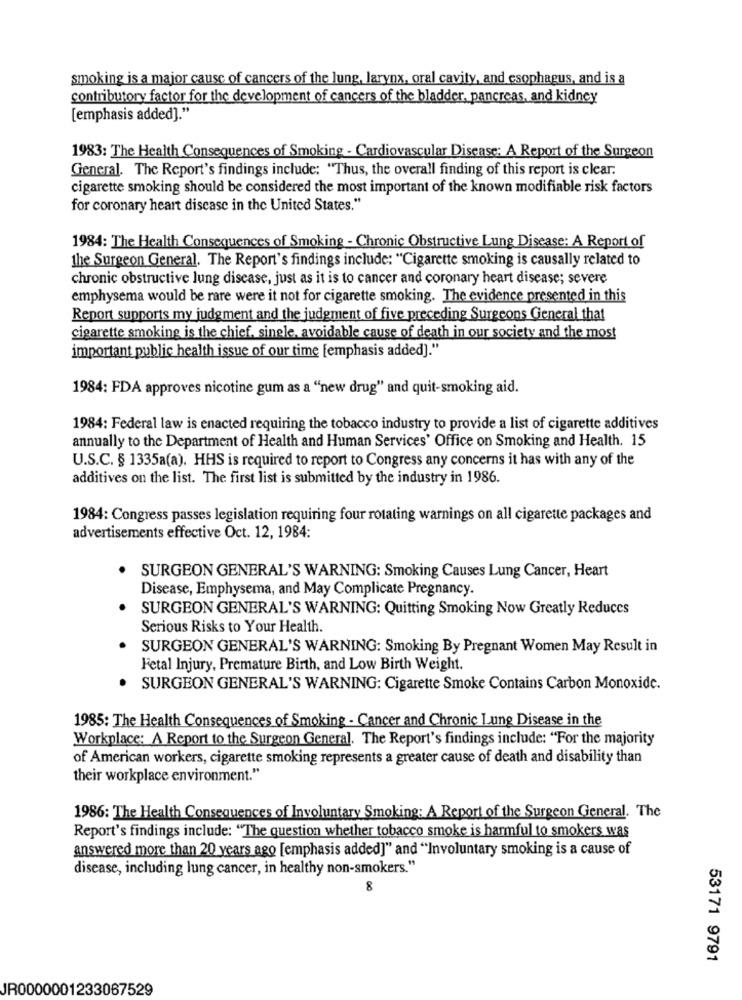
smoking is a major cause of cancers of the lung, larynx, oral cavity, and esophagus, and is a
contributory factor for the development of cancers of the bladder, pancreas, and kidney
[emphasis added]."
1983: The Health Consequences of Smoking - Cardiovascular Disease: A Report of the Surgeon
General. The Report's findings include: "Thus, the overall finding of this report is clear.
cigarette smoking should be considered the most important of the known modifiable risk factors
for coronary heart disease in the United States."
1984: The Health Consequences of Smoking - Chronic Obstructive Lung Disease: A Report of
the Surgeon General. The Report's findings include: "Cigarette smoking is causally related to
chronic obstructive lung disease, just as it is to cancer and coronary heart disease; severe
emphysema would be rare were it not for cigarette smoking. The evidence presented in this
Report supports my judgment and the judgment of five preceding Surgeons General that
cigarette smoking is the chief, single, avoidable cause of death in our society and the most
important public health issue of our time [emphasis added]."
1984: FDA approves nicotine gum as a "new drug" and quit-smoking aid.
1984: Federal law is enacted requiring the tobacco industry to provide a list of cigarette additives
annually to the Department of Health and Human Services' Office on Smoking and Health. 15
U.S.C. § 1335a(a). HHS is required to report to Congress any concerns it has with any of the
additives on the list. The first list is submitted by the industry in 1986.
1984: Congress passes legislation requiring four rotating warnings on all cigarette packages and
advertisements effective Oct. 12, 1984:
SURGEON GENERAL'S WARNING: Smoking Causes Lung Cancer, Heart
Disease, Emphysema, and May Complicate Pregnancy.
SURGEON GENERAL'S WARNING: Quitting Smoking Now Greatly Reduces
Serious Risks to Your Health.
SURGEON GENERAL'S WARNING: Smoking By Pregnant Women May Result in
Fetal Injury, Premature Birth, and Low Birth Weight.
SURGEON GENERAL'S WARNING: Cigarette Smoke Contains Carbon Monoxide.
1985: The Health Consequences of Smoking - Cancer and Chronic Lung Disease in the
Workplace: A Report to the Surgeon General. The Report's findings include: "For the majority
of American workers, cigarette smoking represents a greater cause of death and disability than
their workplace environment."
1986: The Health Consequences of Involuntary Smoking: A Report of the Surgeon General. The
Report's findings include: "The question whether tobacco smoke is harmful to smokers was
answered more than 20 years ago [emphasis added]" and "Involuntary smoking is a cause of
disease, including lung cancer, in healthy non-smokers."
8
53171 9791
JR0000001233067529